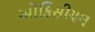
ઓફિસીયલ